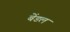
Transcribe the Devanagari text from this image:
बेंडल